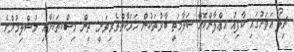
ޗިލޯ އަވަށުގައި ކާފިއު އިޢްލާންކޮށް ސަލާމަތީ ބާރުތަކުން ހަރަކާތްތެެރިވަނީ: ތިން މިސްކިތަކަށާއި މުސްލިމުންގެ